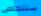
سنتخلص